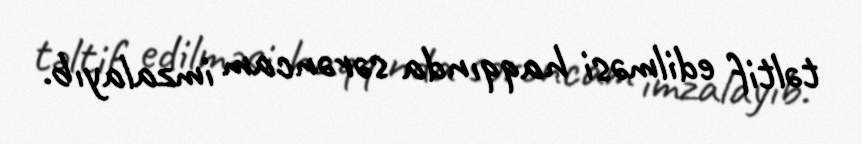
təltif edilməsi haqqında sərəncam imzalayıb.